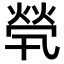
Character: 煢